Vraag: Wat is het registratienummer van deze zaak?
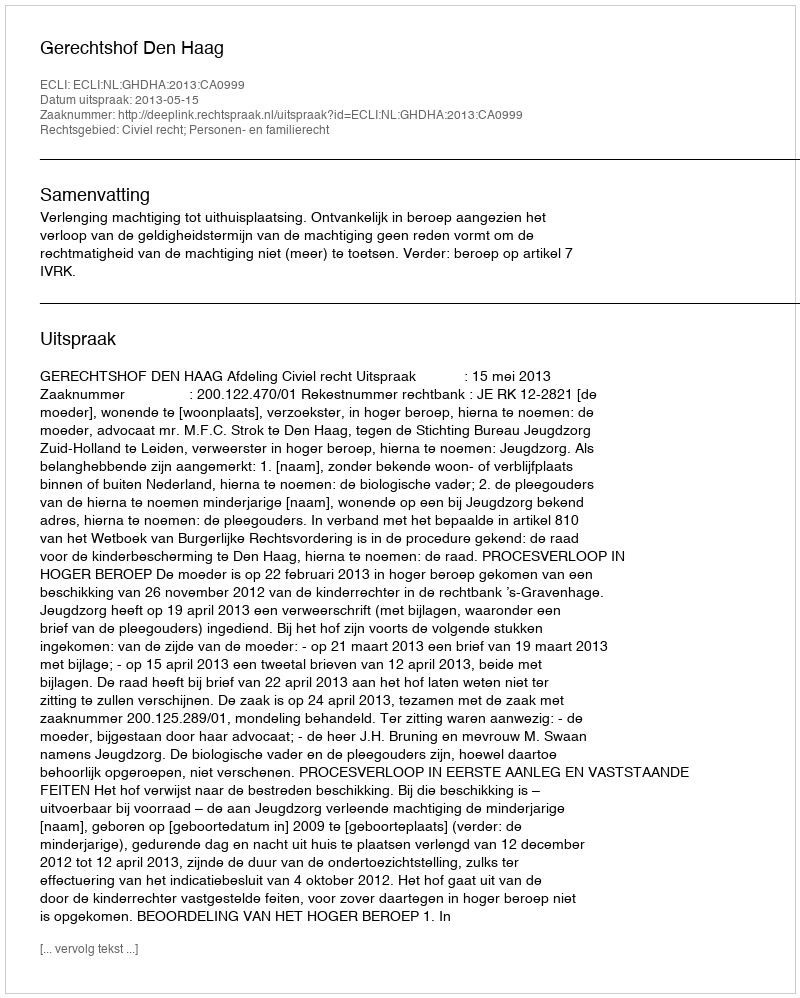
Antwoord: http://deeplink.rechtspraak.nl/uitspraak?id=ECLI:NL:GHDHA:2013:CA0999